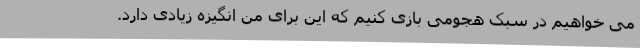
می خواهیم در سبک هجومی بازی کنیم که این برای من انگیزه زیادی دارد.